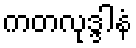
ကတလုဒ္ဒါနံ